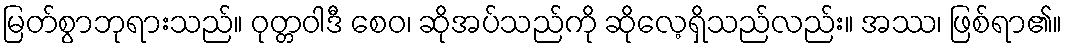
မြတ်စွာဘုရားသည်။ ဝုတ္တဝါဒီ စေဝ၊ ဆိုအပ်သည်ကို ဆိုလေ့ရှိသည်လည်း။ အဿ၊ ဖြစ်ရာ၏။